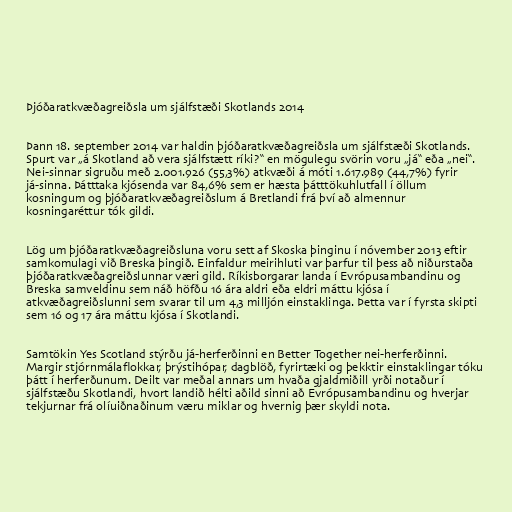
Þjóðaratkvæðagreiðsla um sjálfstæði Skotlands 2014

Þann 18. september 2014 var haldin þjóðaratkvæðagreiðsla um sjálfstæði Skotlands.
Spurt var „á Skotland að vera sjálfstætt ríki?“ en mögulegu svörin voru „já“ eða „nei“.
Nei-sinnar sigruðu með 2.001.926 (55,3%) atkvæði á móti 1.617.989 (44,7%) fyrir
já-sinna. Þátttaka kjósenda var 84,6% sem er hæsta þátttökuhlutfall í öllum
kosningum og þjóðaratkvæðagreiðslum á Bretlandi frá því að almennur
kosningaréttur tók gildi.

Lög um þjóðaratkvæðagreiðsluna voru sett af Skoska þinginu í nóvember 2013 eftir
samkomulagi við Breska þingið. Einfaldur meirihluti var þarfur til þess að niðurstaða
þjóðaratkvæðagreiðslunnar væri gild. Ríkisborgarar landa í Evrópusambandinu og
Breska samveldinu sem náð höfðu 16 ára aldri eða eldri máttu kjósa í
atkvæðagreiðslunni sem svarar til um 4,3 milljón einstaklinga. Þetta var í fyrsta skipti
sem 16 og 17 ára máttu kjósa í Skotlandi.

Samtökin Yes Scotland stýrðu já-herferðinni en Better Together nei-herferðinni.
Margir stjórnmálaflokkar, þrýstihópar, dagblöð, fyrirtæki og þekktir einstaklingar tóku
þátt í herferðunum. Deilt var meðal annars um hvaða gjaldmiðill yrði notaður í
sjálfstæðu Skotlandi, hvort landið hélti aðild sinni að Evrópusambandinu og hverjar
tekjurnar frá olíuiðnaðinum væru miklar og hvernig þær skyldi nota.